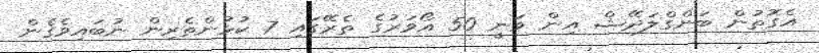
އެގޮތުން ބަންގްލަދޭޝް އިން ވަނީ 50 އޯވަރުގެ ތެރޭގައި 7 ކުޅުންތެރިން ނުބައިވެގެން